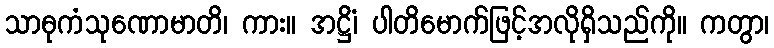
သာဓုကံသုဏောမာတိ၊ ကား။ အဋ္ဌိံ၊ ပါတိမောက်ဖြင့်အလိုရှိသည်ကို။ ကတွာ၊